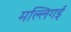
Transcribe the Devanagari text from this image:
मल्लिगई